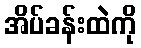
အိပ်ခန်းထဲကို